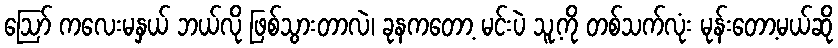
ဩော် ကလေးမနှယ် ဘယ်လို ဖြစ်သွားတာလဲ၊ ခုနကတော့ မင်းပဲ သူ့ကို တစ်သက်လုံး မုန်းတော့မယ်ဆို